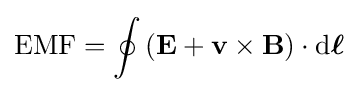
\mathrm {EMF} =\oint \left(\mathbf {E} +\mathbf {v} \times \mathbf {B} \right)\cdot {\text{d}}{\boldsymbol {\ell }}